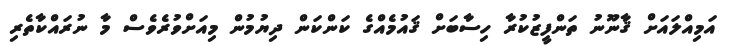
އަމިއްލައަށް ޤާނޫނު ތަންފީޒުކުރާ ހިސާބަށް ޤައުމެއްގެ ކަންކަން ދިޔުމުން މިއަށްވުރެވެސް މާ ނުރައްކާތެރި